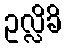
ဥလ္လိခိ